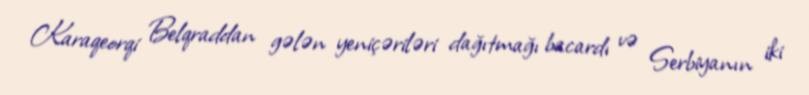
Karaqeorqi Belqraddan gələn yeniçəriləri dağıtmağı bacardı və Serbiyanın iki